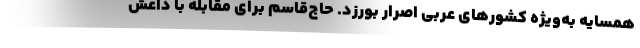
همسایه به‌ویژه کشورهای عربی اصرار بورزد. حاج‌قاسم برای مقابله با داعش